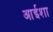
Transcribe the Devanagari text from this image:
आईशा